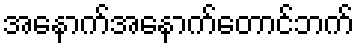
အနောက်အနောက်တောင်ဘက်